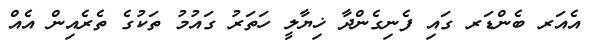
އެއަރ ބެންޑަރ ގައި ފެނިގެންދާ ޚިޔާލީ ހަތަރު ގައުމު ތަކުގެ ތެރެއިން އެއް